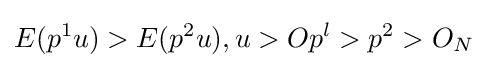
E(p^{1}u)>E(p^{2}u),u>Op^{l}>p^{2}>O_{N}